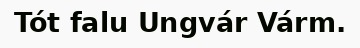
Tót falu Ungvár Várm.